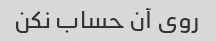
روی آن حساب نکن